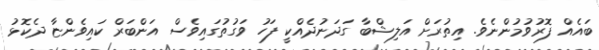
ބައެއް ފޮރުވުމުންނެވެ. އިތުރަށް އަލިޝްބާ ގަދަނުދެއްކީ ފަހު ވަގުތުގައިވެސް އަންބަރް ކައިވެންޏާ ދެކޮޅު